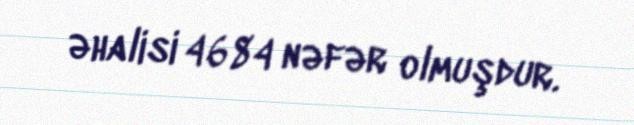
əhalisi 4684 nəfər olmuşdur.